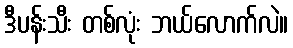
ဒီပန်းသီး တစ်လုံး ဘယ်လောက်လဲ။